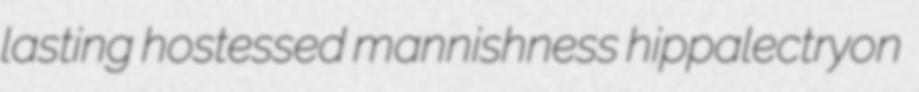
lasting hostessed mannishness hippalectryon